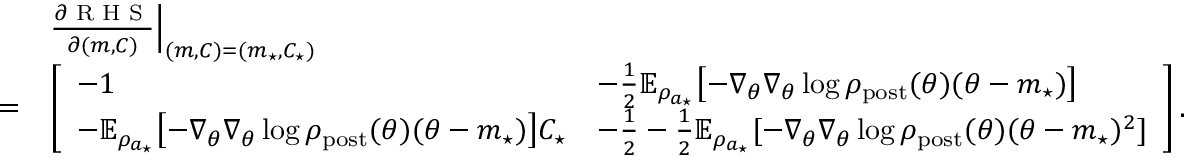
\begin{array} { r l } & { \frac { \partial \textrm { R H S } } { \partial ( m , C ) } \Big \vert _ { ( m , C ) = ( m _ { \star } , C _ { \star } ) } } \\ { = } & { \left[ \begin{array} { l l } { - 1 } & { - \frac { 1 } { 2 } \mathbb { E } _ { \rho _ { a _ { \star } } } \bigl [ - \nabla _ { \theta } \nabla _ { \theta } \log \rho _ { \mathrm { p o s t } } ( \theta ) ( \theta - m _ { \star } ) \bigr ] } \\ { - \mathbb { E } _ { \rho _ { a _ { \star } } } \bigl [ - \nabla _ { \theta } \nabla _ { \theta } \log \rho _ { \mathrm { p o s t } } ( \theta ) ( \theta - m _ { \star } ) \bigr ] C _ { \star } } & { - \frac { 1 } { 2 } - \frac { 1 } { 2 } \mathbb { E } _ { \rho _ { a _ { \star } } } [ - \nabla _ { \theta } \nabla _ { \theta } \log \rho _ { \mathrm { p o s t } } ( \theta ) ( \theta - m _ { \star } ) ^ { 2 } ] } \end{array} \right] . } \end{array}